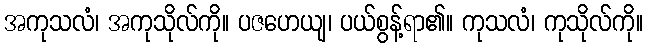
အကုသလံ၊ အကုသိုလ်ကို။ ပဇဟေယျ၊ ပယ်စွန့်ရာ၏။ ကုသလံ၊ ကုသိုလ်ကို။